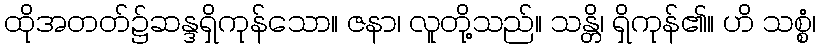
ထိုအတတ်၌ဆန္ဒရှိကုန်သော။ ဇနာ၊ လူတို့သည်။ သန္တိ၊ ရှိကုန်၏။ ဟိ သစ္စံ၊